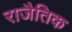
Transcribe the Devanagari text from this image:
राजैतिक